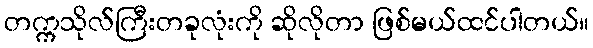
တက္ကသိုလ်ကြီးတခုလုံးကို ဆိုလိုတာ ဖြစ်မယ်ထင်ပါတယ်။